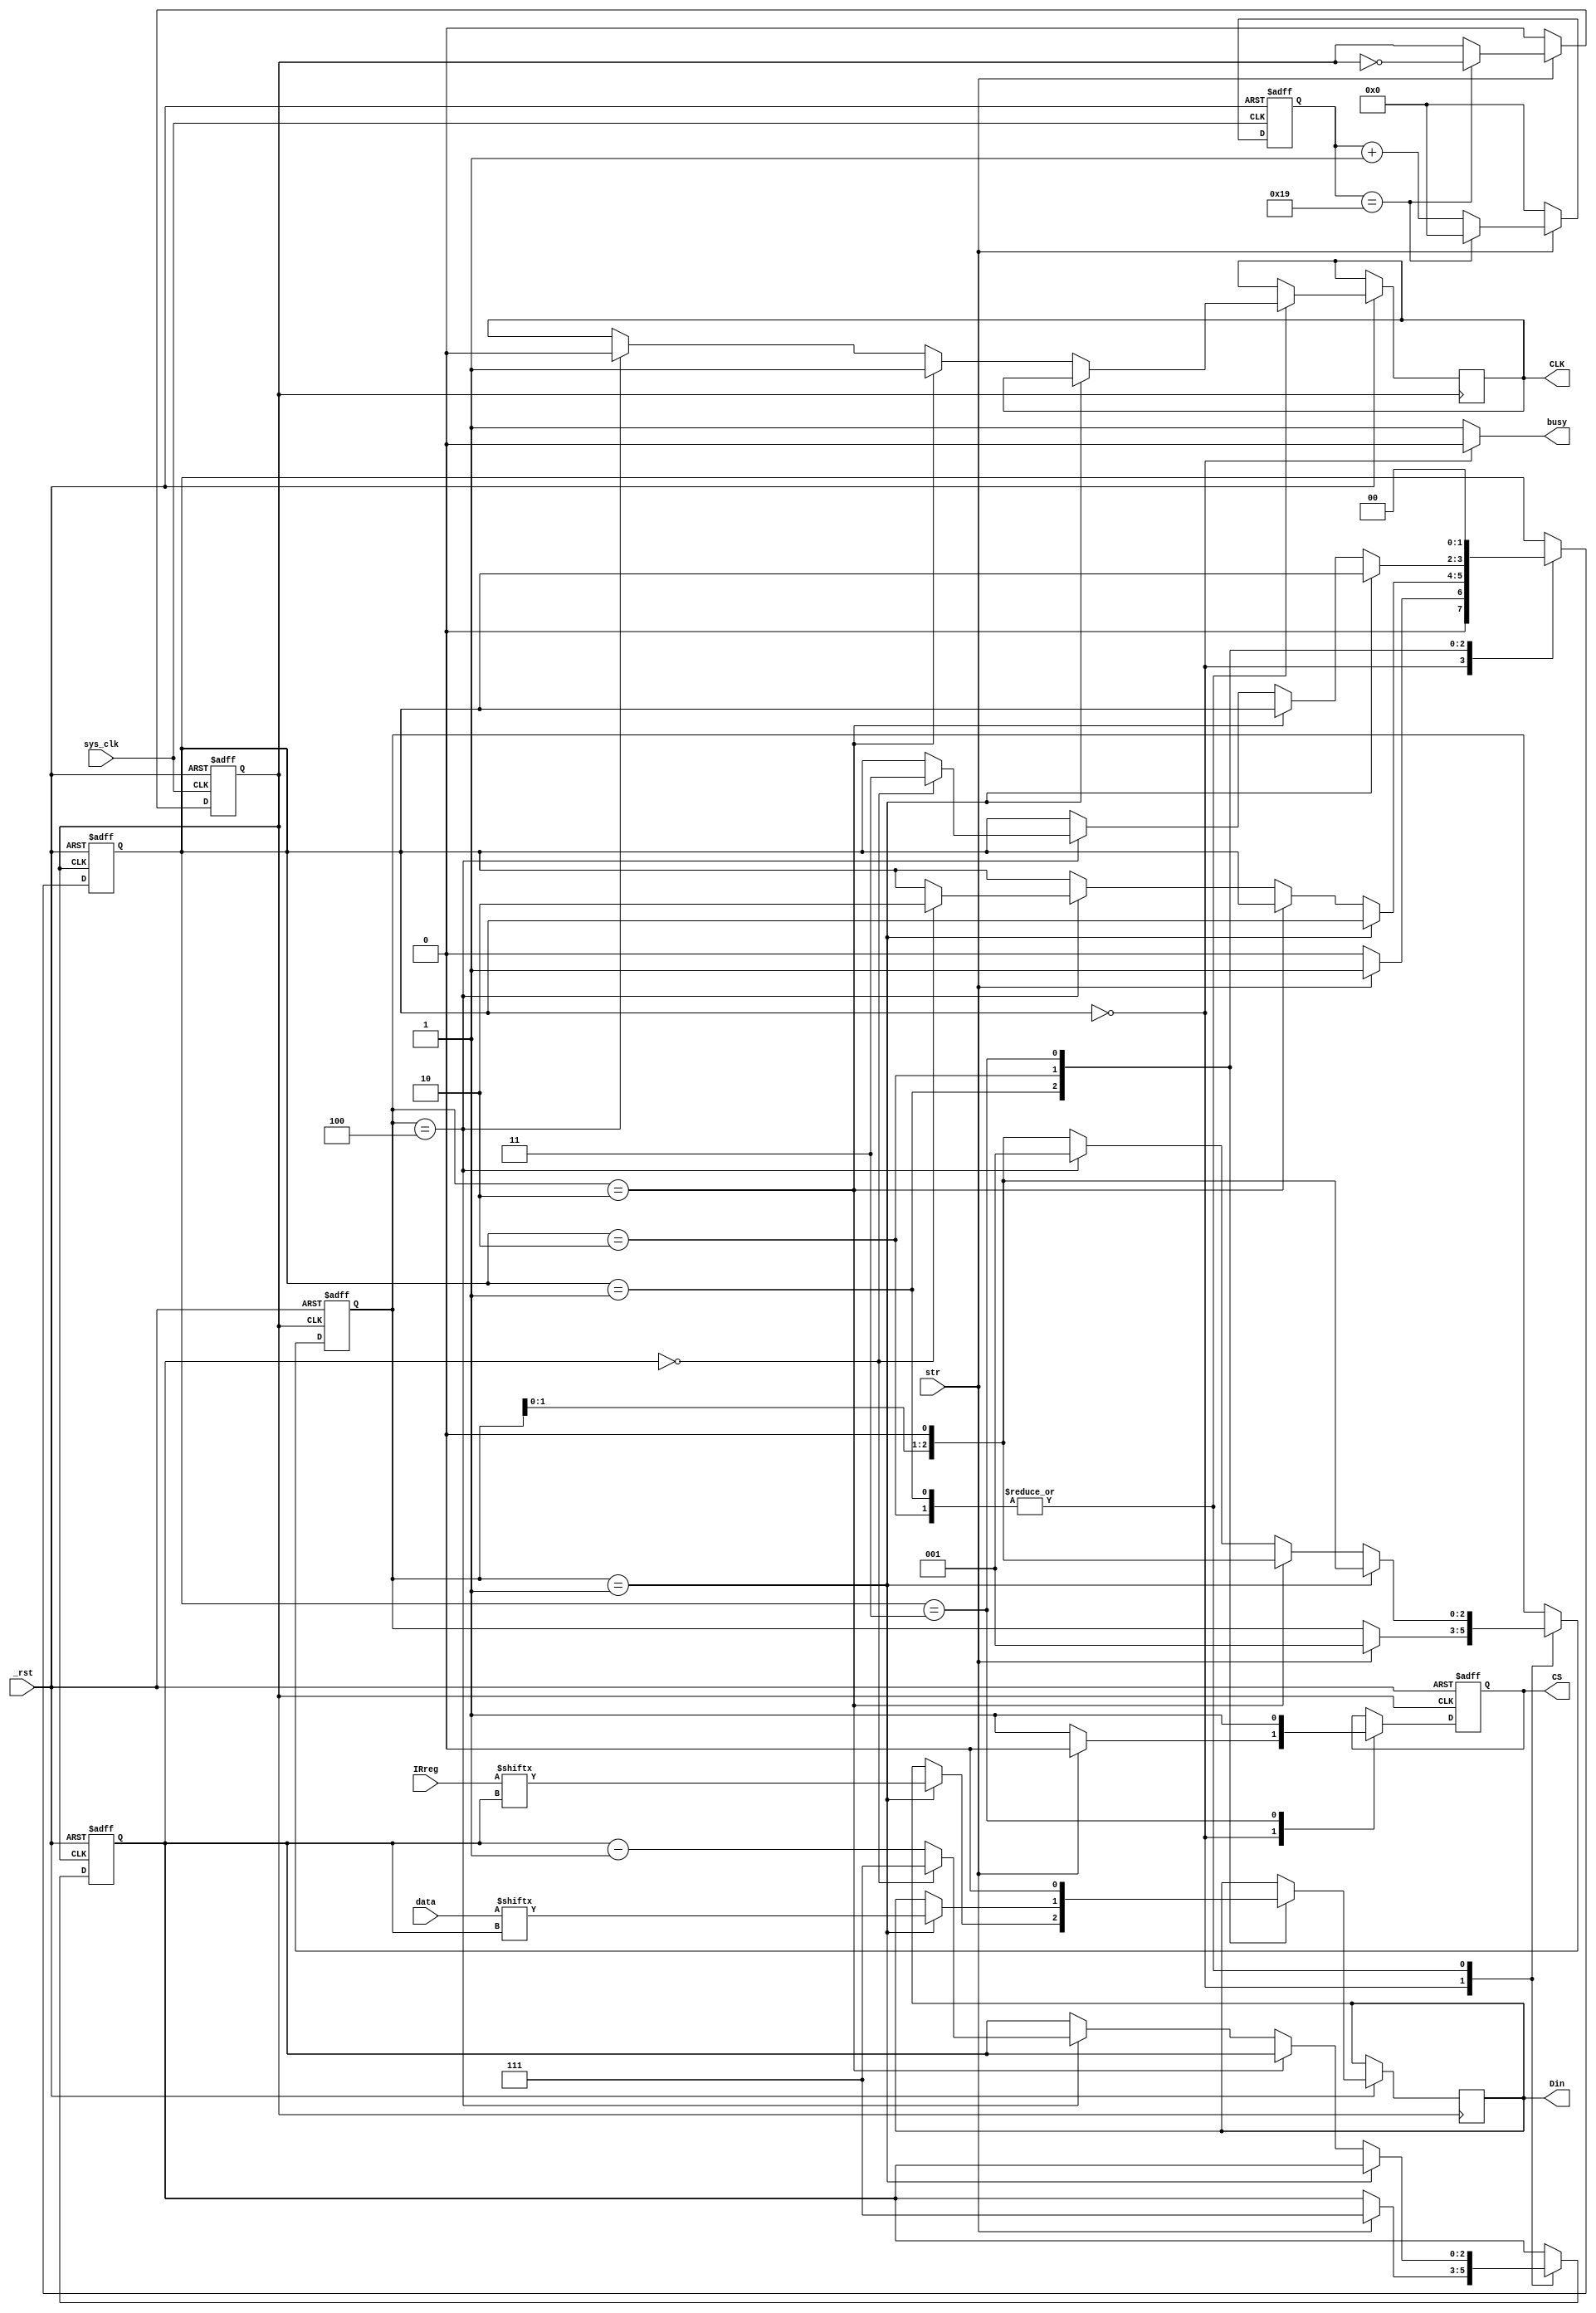
module MAX7219#(parameter Freq_MegaHZ = 50)(sys_clk, _rst, str, busy, IRreg, data, CS, CLK, Din);
input sys_clk,  _rst, str;
input [7:0]data, IRreg;
output busy;
output reg CS = 1'b1, Din = 1'b0, CLK = 1'b0;
reg [5:0]cnt = 'd0;
reg [1:0]state = 2'd0;
/*---------------------------------------------------*/
parameter IDLE     = 2'd0;
parameter Address  = 2'd1;
parameter TxData   = 2'd2;
parameter finished = 2'd3;
parameter ON       = 8'h01;
parameter OFF      = 8'h00;
/*---------------------------------------------------*/
reg clk_spi = 1'b0;
assign busy = (state==IDLE)?0:1;
/*---------------------------------------------------*/
	always@(posedge sys_clk, negedge  _rst)begin
		if(!_rst)begin
			cnt     <= 'd0;
			clk_spi <= 1'b0;
		end
		else begin
			if(str)begin
				if(cnt==Freq_MegaHZ/2)begin
					clk_spi <= ~clk_spi;
					cnt     <= 'd0;
				end
				else 
					cnt <= cnt + 1'b1;
			end
			else begin
				cnt     <= 'd0;
				clk_spi <= 1'b0;
			end
		end
	end
/*---------------------------------------------------*/
reg [2:0]TxCnt = 3'd7;
reg [2:0]flag = 3'b001;
	always@(posedge clk_spi, negedge  _rst)begin
		if(!_rst)begin
			flag   <= 3'b001;
			CS     <= 1'b1;
			TxCnt  <= 3'd7;
			state  <= IDLE;
		end
		else begin
			case(state)
				IDLE:begin
					if(str)begin
						TxCnt <= 3'd7;
						CS    <= 1'b0;
						flag  <= 3'b001;
						state <= Address;
					end
					else begin
						CS    <= 1'b1;
						state <= IDLE;
					end
				end
				Address:begin
					flag <= flag << 1;
					if(flag==3'b001)
						Din  <= IRreg[TxCnt];
					else if(flag==3'b010)
						CLK  <= 1'b1;
					else if(flag==3'b100)begin
						CLK  <= 1'b0;
						flag <= 3'b001;
						if(TxCnt==3'd0)begin
							TxCnt <= 3'd7;
							state <= TxData;
						end
						else
							TxCnt <= TxCnt - 1'b1;
					end
				end
				TxData:begin
					flag <= flag << 1;
					if(flag==3'b001)
						Din  <= data[TxCnt];
					else if(flag==3'b010)
						CLK  <= 1'b1;
					else if(flag==3'b100)begin
						CLK  <= 1'b0;
						flag <= 3'b001;
						if(TxCnt==3'd0)begin
							TxCnt  <= 3'd7;
							state  <= finished;
						end
						else
							TxCnt <= TxCnt - 1'b1;
					end
				end
				finished:begin
					Din    <= 1'b0;
					CS     <= 1'b1;
					state  <= IDLE;
				end
			endcase
		end
	end
/*---------------------------------------------------*/
endmodule